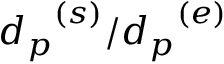
{ d _ { p } } ^ { ( s ) } / { d _ { p } } ^ { ( e ) }